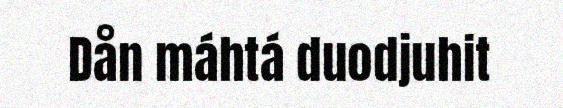
Dån máhtá duodjuhit